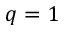
q = 1